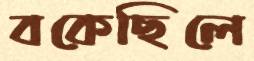
বকেছিলে